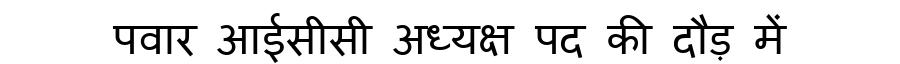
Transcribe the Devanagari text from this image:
पवार आईसीसी अध्यक्ष पद की दौड़ में